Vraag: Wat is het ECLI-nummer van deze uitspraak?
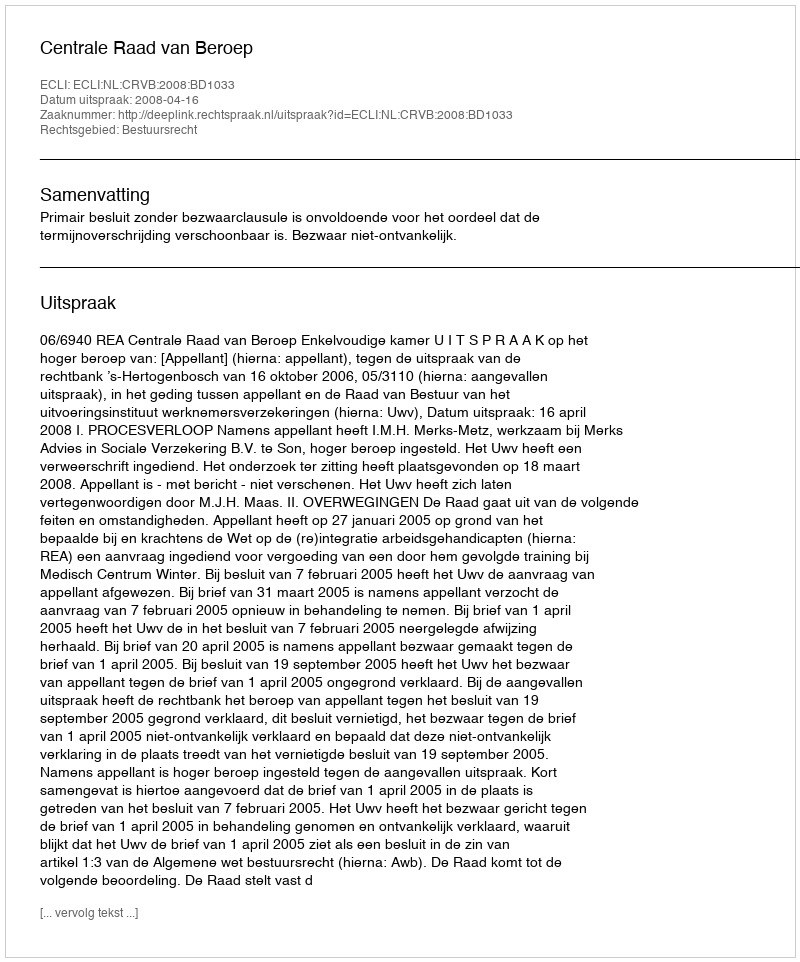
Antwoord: ECLI:NL:CRVB:2008:BD1033